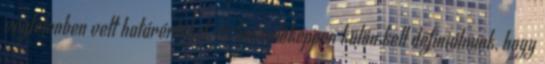
végtelenben vett határértéket, és hasonlóképpen külön kell definiálnunk, hogy